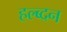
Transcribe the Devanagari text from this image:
हल्ब्दन